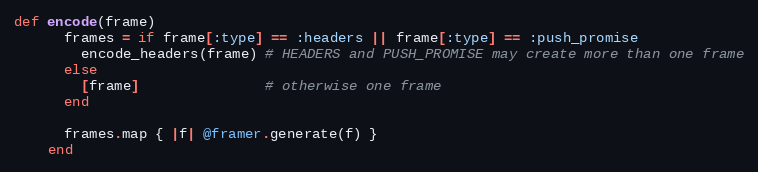
Language: Ruby
def encode(frame)
      frames = if frame[:type] == :headers || frame[:type] == :push_promise
        encode_headers(frame) # HEADERS and PUSH_PROMISE may create more than one frame
      else
        [frame]               # otherwise one frame
      end

      frames.map { |f| @framer.generate(f) }
    end